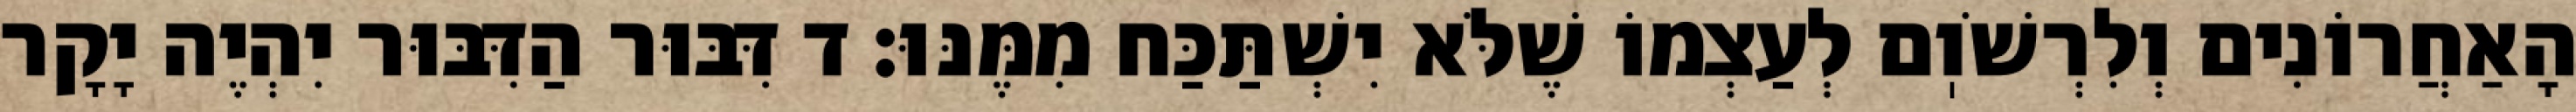
הָאַחֲרוֹנִים וְלִרְשֹׁוֽם לְעַצְמוֹ שֶׁלֹּא יִשְׁתַּכַּח מִמֶּנּוּ: ד דִּבּוּר הַדִּבּוּר יִהְיֶה יָקָר